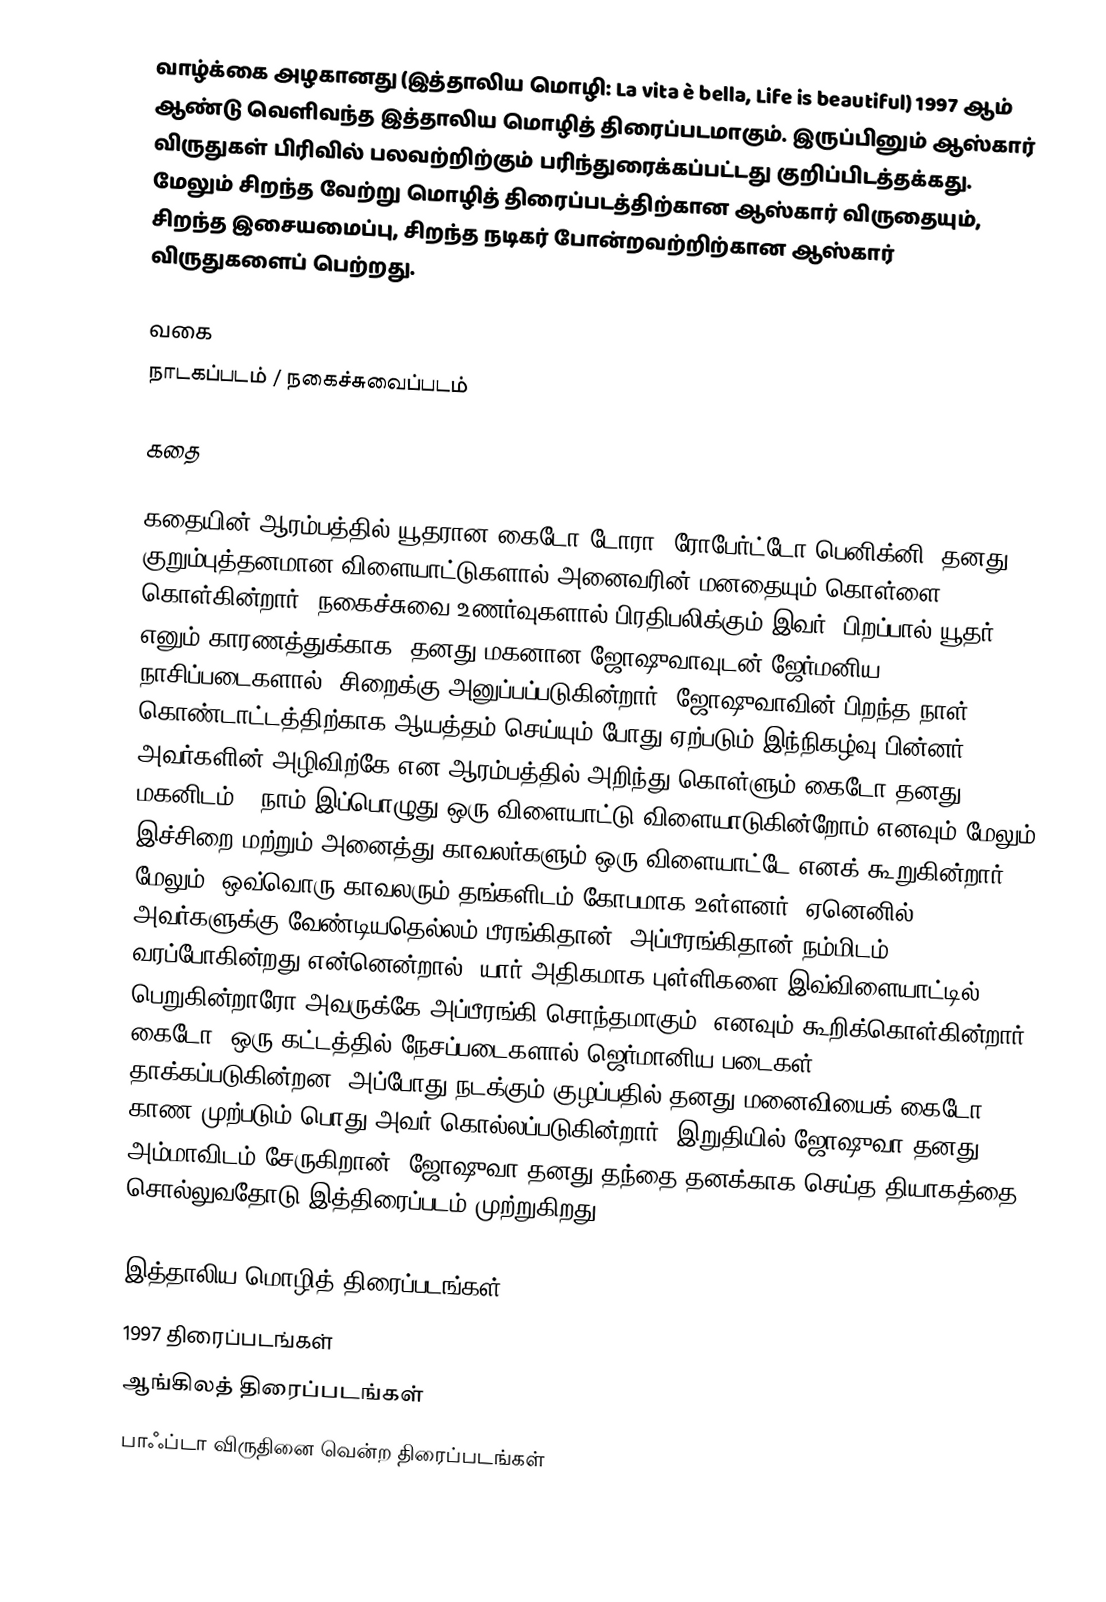
வாழ்க்கை அழகானது (இத்தாலிய மொழி: La vita è bella, Life is beautiful) 1997 ஆம் ஆண்டு வெளிவந்த இத்தாலிய மொழித் திரைப்படமாகும். இருப்பினும் ஆஸ்கார் விருதுகள் பிரிவில் பலவற்றிற்கும் பரிந்துரைக்கப்பட்டது குறிப்பிடத்தக்கது. மேலும் சிறந்த வேற்று மொழித் திரைப்படத்திற்கான ஆஸ்கார் விருதையும், சிறந்த இசையமைப்பு, சிறந்த நடிகர் போன்றவற்றிற்கான ஆஸ்கார் விருதுகளைப் பெற்றது.

வகை
நாடகப்படம் / நகைச்சுவைப்படம்

கதை

கதையின் ஆரம்பத்தில் யூதரான கைடோ டோரா (ரோபேர்ட்டோ பெனிக்னி) தனது குறும்புத்தனமான விளையாட்டுகளால் அனைவரின் மனதையும் கொள்ளை கொள்கின்றார். நகைச்சுவை உணர்வுகளால் பிரதிபலிக்கும் இவர், பிறப்பால் யூதர் எனும் காரணத்துக்காக, தனது மகனான ஜோஷுவாவுடன் ஜேர்மனிய நாசிப்படைகளால், சிறைக்கு அனுப்பப்படுகின்றார். ஜோஷுவாவின் பிறந்த நாள் கொண்டாட்டத்திற்காக ஆயத்தம் செய்யும் போது ஏற்படும் இந்நிகழ்வு பின்னர் அவர்களின் அழிவிற்கே என ஆரம்பத்தில் அறிந்து கொள்ளும் கைடோ தனது மகனிடம், "நாம் இப்பொழுது ஒரு விளையாட்டு விளையாடுகின்றோம் எனவும் மேலும் இச்சிறை மற்றும் அனைத்து காவலர்களும் ஒரு விளையாட்டே எனக் கூறுகின்றார்". மேலும் "ஒவ்வொரு காவலரும் தங்களிடம் கோபமாக உள்ளனர், ஏனெனில் அவர்களுக்கு வேண்டியதெல்லம் பீரங்கிதான், அப்பீரங்கிதான் நம்மிடம் வரப்போகின்றது என்னென்றால், யார் அதிகமாக புள்ளிகளை இவ்விளையாட்டில் பெறுகின்றாரோ அவருக்கே அப்பீரங்கி சொந்தமாகும்" எனவும் கூறிக்கொள்கின்றார் கைடோ. ஒரு கட்டத்தில் நேசப்படைகளால் ஜெர்மானிய படைகள் தாக்கப்படுகின்றன. அப்போது நடக்கும் குழப்பதில் தனது மனைவியைக் கைடோ காண முற்படும் பொது அவர் கொல்லப்படுகின்றார். இறுதியில் ஜோஷுவா தனது அம்மாவிடம் சேருகிறான். ஜோஷுவா தனது தந்தை தனக்காக செய்த தியாகத்தை சொல்லுவதோடு இத்திரைப்படம் முற்றுகிறது.

இத்தாலிய மொழித் திரைப்படங்கள்
1997 திரைப்படங்கள்
ஆங்கிலத் திரைப்படங்கள்
பாஃப்டா விருதினை வென்ற திரைப்படங்கள்